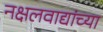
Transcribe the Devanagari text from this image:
नक्षलवाद्यांच्या